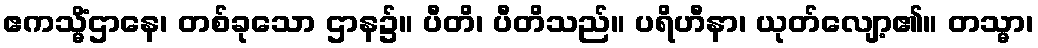
ဧကသ္မိံဌာနေ၊ တစ်ခုသော ဌာန၌။ ပီတိ၊ ပီတိသည်။ ပရိဟီနာ၊ ယုတ်လျော့၏။ တသ္မာ၊